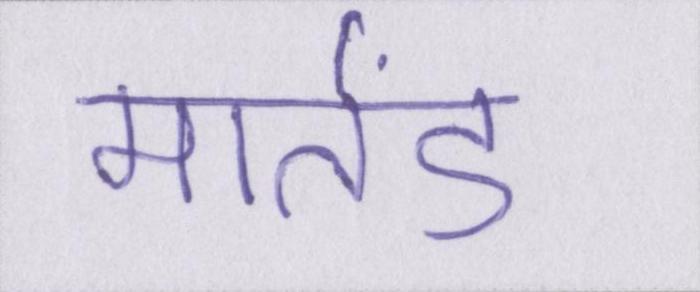
मार्तंड